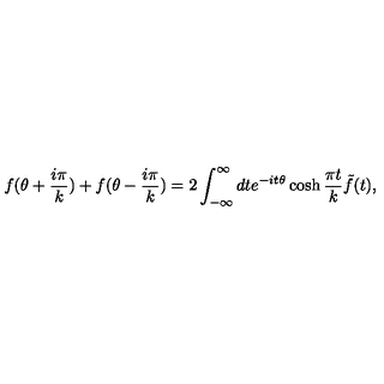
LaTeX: f ( \theta + \frac { i \pi } { k } ) + f ( \theta - \frac { i \pi } { k } ) = 2 \int _ { - \infty } ^ { \infty } d t e ^ { - i t \theta } \cosh \frac { \pi t } { k } \tilde { f } ( t ) ,